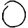
Digit: 0